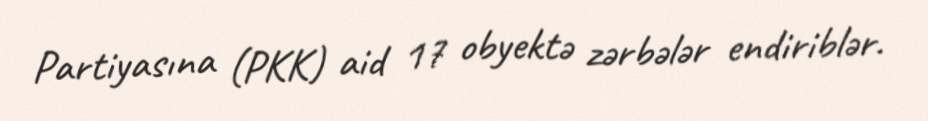
Partiyasına (PKK) aid 17 obyektə zərbələr endiriblər.